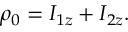
\begin{array} { r } { \rho _ { 0 } = I _ { 1 z } + I _ { 2 z } . } \end{array}